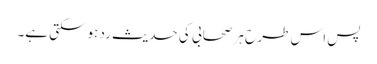
پس اس طر ح ہر صحابی کی حدیث رد ہوسکتی ہے۔